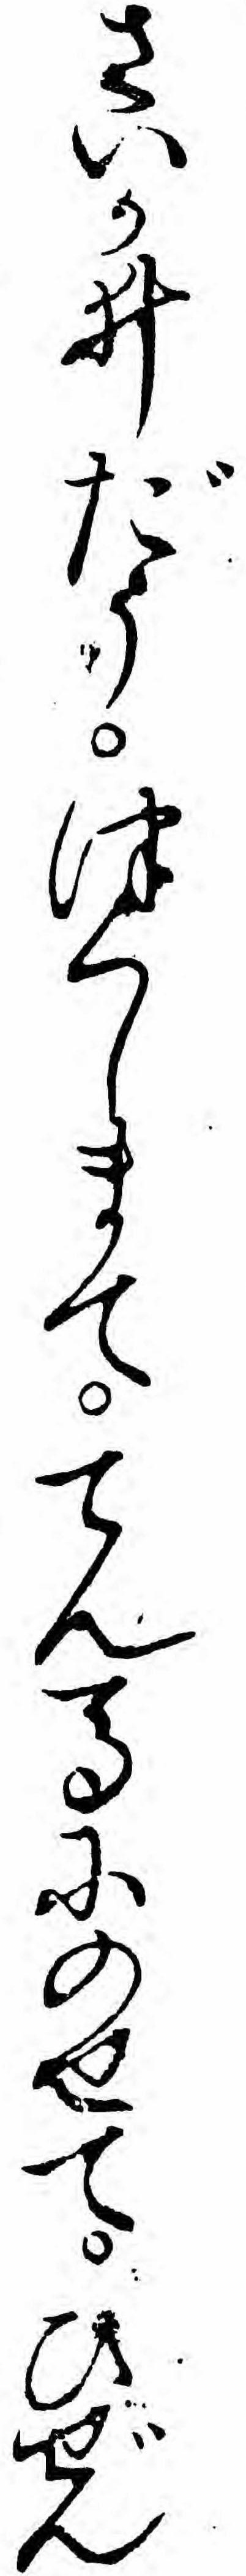
さいかゐだうつくしまててん馬にのせてひぜん